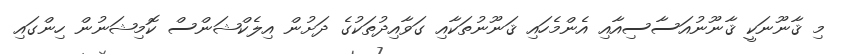
މި ޤާނޫނަކީ ޤާނޫނުއަސާސިއާއި އެންމެހައި ޤަނޫނުތަކާއި ގަވާއިދުތަކުގެ ދަށުން އިލެކްޝަންސް ކޮމިޝަނުން ހިންގައި